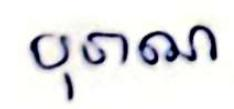
បុរាណ